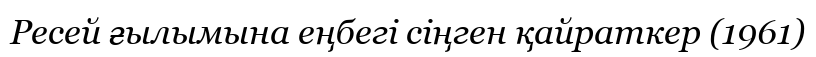
Ресей ғылымына еңбегі сіңген қайраткер (1961)